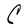
Character: C